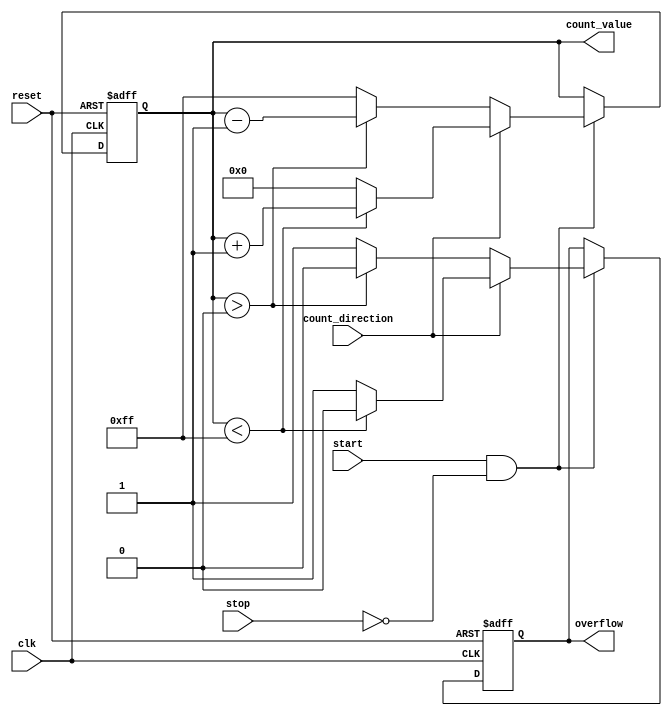
module windowed_counter #(
    parameter COUNTER_WIDTH = 8, // Width of the counter
    parameter MAX_COUNT = (1 << COUNTER_WIDTH) - 1 // Maximum count value
)(
    input wire clk,                // Clock signal
    input wire reset,              // Reset signal
    input wire start,              // Start counting signal
    input wire stop,               // Stop counting signal
    input wire count_direction,     // Count direction: 1 for up, 0 for down
    output reg [COUNTER_WIDTH-1:0] count_value, // Current count value
    output reg overflow            // Overflow flag
);

    // Initialize count value and overflow
    initial begin
        count_value = 0;
        overflow = 0;
    end

    // Synchronous process
    always @(posedge clk or posedge reset) begin
        if (reset) begin
            // Reset the counter
            count_value <= 0;
            overflow <= 0;
        end else if (start && !stop) begin
            // Counting logic
            if (count_direction) begin
                // Count Up
                if (count_value < MAX_COUNT) begin
                    count_value <= count_value + 1;
                    overflow <= 0; // No overflow
                end else begin
                    count_value <= 0; // Wrap around
                    overflow <= 1;    // Set overflow flag
                end
            end else begin
                // Count Down
                if (count_value > 0) begin
                    count_value <= count_value - 1;
                    overflow <= 0; // No overflow
                end else begin
                    count_value <= MAX_COUNT; // Wrap around
                    overflow <= 1;    // Set overflow flag
                end
            end
        end
    end

endmodule